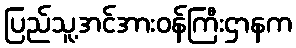
ပြည်သူ့အင်အားဝန်ကြီးဌာနက